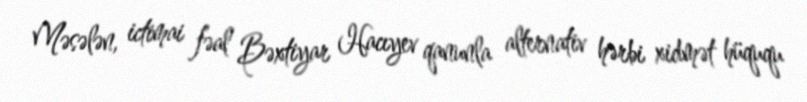
Məsələn, ictimai fəal Bəxtiyar Hacıyev qanunla alternativ hərbi xidmət hüququ